Insane asylums Bombay 1873-77 - 1873-1877
Year: 1873
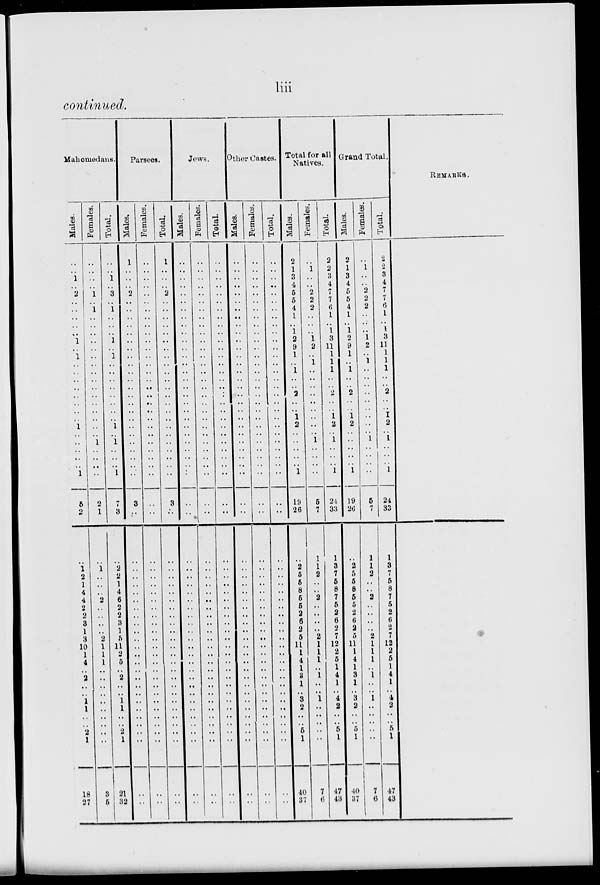
liii
continued.
Mahomedans.
Males.
..
..
1
..
2
..
..
..
..
..
1
..
1
..
..
..
..
..
..
..
..
1
..
..
..
..
..
1
5
2
..
1
2
1
4
4
2
2
3
1
3
10
1
4
..
2
..
..
1
1
..
..
2
1
18
27
Females.
..
..
..
..
1
..
1
..
..
..
..
..
..
..
..
..
..
..
..
..
..
..
..
1
..
..
..
..
2
1
..
1
..
..
..
2
..
..
..
..
2
1
1
1
..
..
..
.. ..
..
..
..
..
..
3
5
Total.
..
..
1
..
3
..
1
..
..
..
1
..
1
..
..
..
..
..
..
..
..
1
..
1
..
..
..
1
7
3
..
2
2
1
4
6
2
2
3
1
5
11
2
5
..
2
..
.. 1
1
..
.. 2
1
21
32
Parsees.
Males.
1
..
..
..
2
..
..
..
..
..
..
..
..
..
..
..
..
..
..
..
..
..
..
..
..
..
..
..
3
..
..
..
..
..
..
..
..
..
..
..
..
..
..
..
..
..
..
.. ..
..
..
..
..
..
..
..
Females.
..
..
..
..
..
..
..
..
..
..
..
..
..
..
..
..
..
..
..
..
..
..
..
..
..
..
..
..
..
..
..
..
..
..
..
..
..
..
..
..
..
..
..
..
..
..
..
.. ..
..
..
..
..
..
..
..
Total.
1
..
..
..
2
..
..
..
..
..
..
..
..
..
..
..
..
..
..
..
..
..
..
..
..
..
..
..
3
..
..
..
..
..
..
..
..
..
..
..
..
..
..
..
..
..
..
.. ..
..
..
..
..
..
..
..
Jews.
Males.
..
..
..
..
..
..
..
..
..
..
..
..
..
..
..
..
..
..
..
..
..
..
..
..
..
..
..
..
..
..
..
..
..
..
..
..
..
..
..
..
..
..
..
..
..
..
..
.. ..
..
..
..
..
..
..
..
Females.
..
..
..
..
..
..
..
..
..
..
..
..
..
..
..
..
..
..
..
..
..
..
..
..
..
..
..
..
..
..
..
..
..
..
..
..
..
..
..
..
..
..
..
..
..
..
..
.. ..
..
..
..
..
..
..
..
Total.
..
..
..
..
..
..
..
..
..
..
..
..
..
..
..
..
..
..
..
..
..
..
..
..
..
..
..
..
..
..
..
..
..
..
..
..
..
..
..
..
..
..
..
..
..
..
..
.. ..
..
..
..
..
..
..
..
Other Castes.
Males.
..
..
..
..
..
..
..
..
..
..
..
..
..
..
..
..
..
..
..
..
..
..
..
..
..
..
..
..
..
..
..
..
..
..
..
..
..
..
..
..
..
..
..
..
..
..
..
.. ..
..
..
..
..
..
..
..
Females.
..
..
..
..
..
..
..
..
..
..
..
..
..
..
..
..
..
..
..
..
..
..
..
..
..
..
..
..
..
..
..
..
..
..
..
..
..
..
..
..
..
..
..
..
..
..
..
.. ..
..
..
..
..
..
..
..
Total.
..
..
..
..
..
..
..
..
..
..
..
..
..
..
..
..
..
..
..
..
..
..
..
..
..
..
..
..
..
..
..
..
..
..
..
..
..
..
..
..
..
..
..
..
..
..
..
.. ..
..
..
..
..
..
..
..
Total for all
Natives.
Males.
2
1
3
4
5
5
4
1
..
1
2
9
1
..
1
..
..
2
..
..
1
2
..
..
..
..
..
1
19
26
..
2
5
5
8
5
5
2
6
2
5
11
1
4
1
3
1
.. 3
2
..
..
5 1
40
37
Females.
..
1
..
..
2
2
2
..
..
..
1
2
..
1
..
..
..
..
..
..
..
..
..
1
..
..
..
..
5
7
1
1
2
..
..
2
..
..
..
..
2
1
1
1
..
1
..
.. 1
..
..
..
..
..
7
6
Total.
2
2
3
4
7
7
6
1
..
1
3
11
1
1
1
..
..
2
..
..
1
2
..
1
..
.. ..
1
24
33
1
3
7
5
8
7
5
2
6
2
7
12
2
5
1
4
1
.. 4
2
..
.. 5
1
47
43
Grand Total.
Males.
2
1
3
4
5
5
4
1
..
1
2
9
1
..
1
..
..
2
..
..
1
2
..
..
..
..
..
1
19
26
..
2
5
5
8
5
5
2
6
2
5
11
1
4
1
3
1
.. 3
2
..
..
5
1
40
37
Females.
..
1
..
..
2
2
2
..
..
..
1
2
..
1
..
..
..
..
..
..
..
..
..
1
..
..
..
..
5
7
1
1
2
..
..
2
..
..
..
..
2
1
1
1
..
1
..
.. 1
..
..
..
..
..
7
6
Total.
2
2
3
4
7
7
6
1
1
1 3
11
1
1
1
..
..
2
..
..
1
2
..
1
..
..
..
1
24
33
1
3
7
5
8
7
5
2
6
2
7
12
2
5
1
4
1
.. 4
2
..
.. 5
1
47
43
REMARKS.